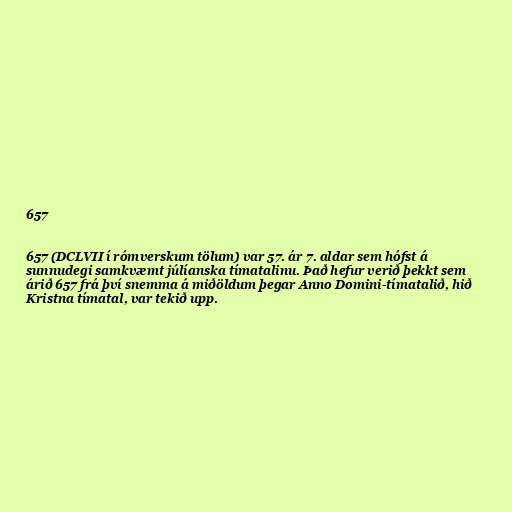
657

657 (DCLVII í rómverskum tölum) var 57. ár 7. aldar sem hófst á
sunnudegi samkvæmt júlíanska tímatalinu. Það hefur verið þekkt sem
árið 657 frá því snemma á miðöldum þegar Anno Domini-tímatalið, hið
Kristna tímatal, var tekið upp.